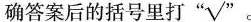
确答案后的括号里打“√”。